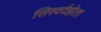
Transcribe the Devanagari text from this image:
सिरदर्दहोता